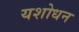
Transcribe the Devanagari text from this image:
यशोधन